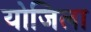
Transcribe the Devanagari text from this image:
योजिला